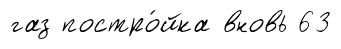
газ постро́йка вновь 63